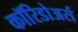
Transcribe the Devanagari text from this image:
कॉरिडोअर्स